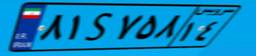
۰۰S۱۸۴۴۶